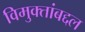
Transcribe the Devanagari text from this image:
विमुक्तांबद्दल